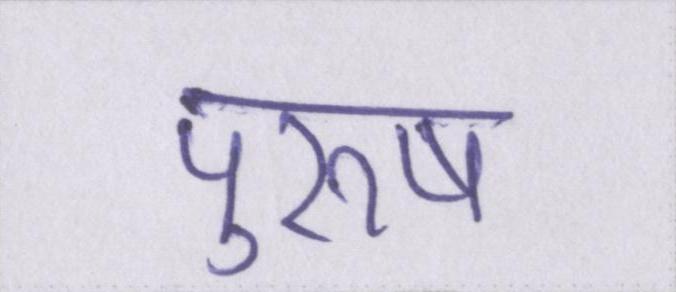
पुरूष